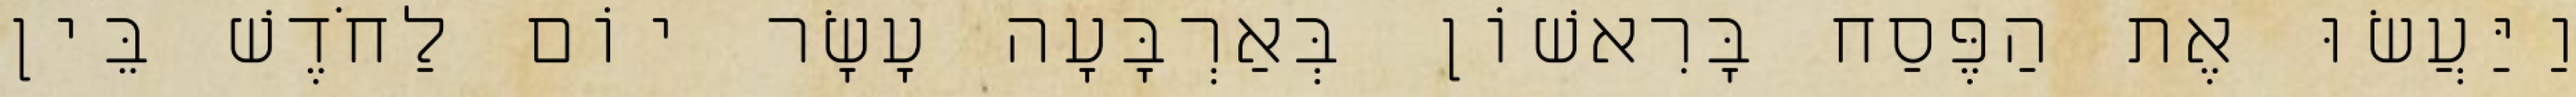
וַיַּעֲשׂוּ אֶת הַפֶּסַח בָּרִאשׁוֹן בְּאַרְבָּעָה עָשָׂר יוֹם לַחֹדֶשׁ בֵּין